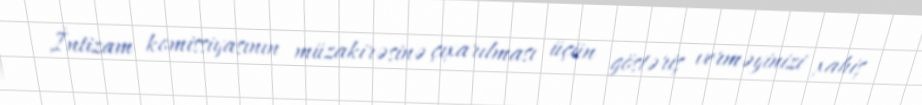
İntizam komissiyasının müzakirəsinə çıxarılması üçün göstəriş verməyinizi xahiş